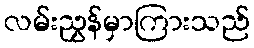
လမ်းညွှန်မှာကြားသည်